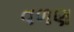
વળણ